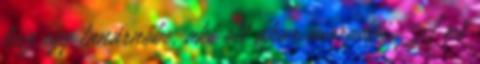
lesz egy tanárnőbe, aki ott akar maradni. A nő